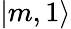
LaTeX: |m,1\rangle